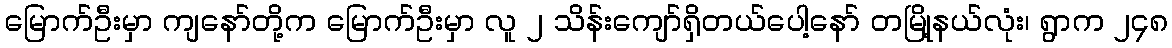
မြောက်ဦးမှာ ကျနော်တို့က မြောက်ဦးမှာ လူ ၂ သိန်းကျော်ရှိတယ်ပေါ့နော် တမြို့နယ်လုံး၊ ရွာက ၂၄၈